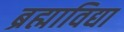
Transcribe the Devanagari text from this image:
ब्रह्माविद्या